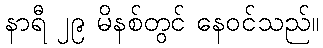
နာရီ ၂၉ မိနစ်တွင် နေဝင်သည်။